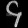
Digit: ၄